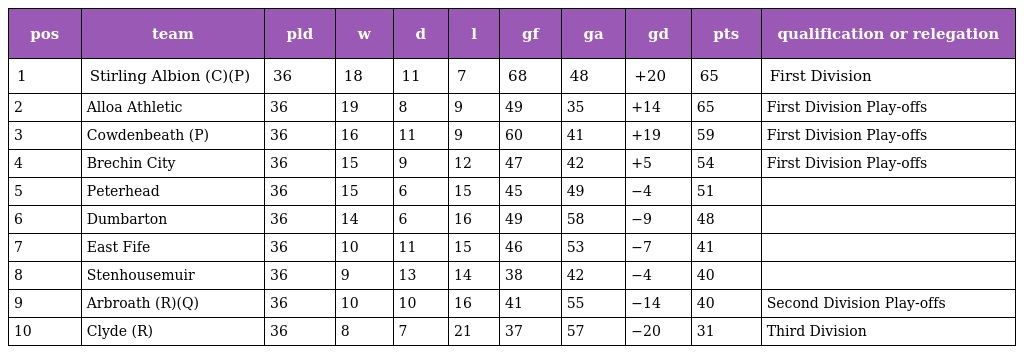
| pos | team | pld | w | d | l | gf | ga | gd | pts | qualification or relegation |
 | --- | --- | --- | --- | --- | --- | --- | --- | --- | --- | --- |
 | 1 | Stirling Albion (C)(P) | 36 | 18 | 11 | 7 | 68 | 48 | +20 | 65 | First Division |
 | 2 | Alloa Athletic | 36 | 19 | 8 | 9 | 49 | 35 | +14 | 65 | First Division Play-offs |
 | 3 | Cowdenbeath (P) | 36 | 16 | 11 | 9 | 60 | 41 | +19 | 59 | First Division Play-offs |
 | 4 | Brechin City | 36 | 15 | 9 | 12 | 47 | 42 | +5 | 54 | First Division Play-offs |
 | 5 | Peterhead | 36 | 15 | 6 | 15 | 45 | 49 | −4 | 51 |  |
 | 6 | Dumbarton | 36 | 14 | 6 | 16 | 49 | 58 | −9 | 48 |  |
 | 7 | East Fife | 36 | 10 | 11 | 15 | 46 | 53 | −7 | 41 |  |
 | 8 | Stenhousemuir | 36 | 9 | 13 | 14 | 38 | 42 | −4 | 40 |  |
 | 9 | Arbroath (R)(Q) | 36 | 10 | 10 | 16 | 41 | 55 | −14 | 40 | Second Division Play-offs |
 | 10 | Clyde (R) | 36 | 8 | 7 | 21 | 37 | 57 | −20 | 31 | Third Division |